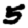
Digit: 5